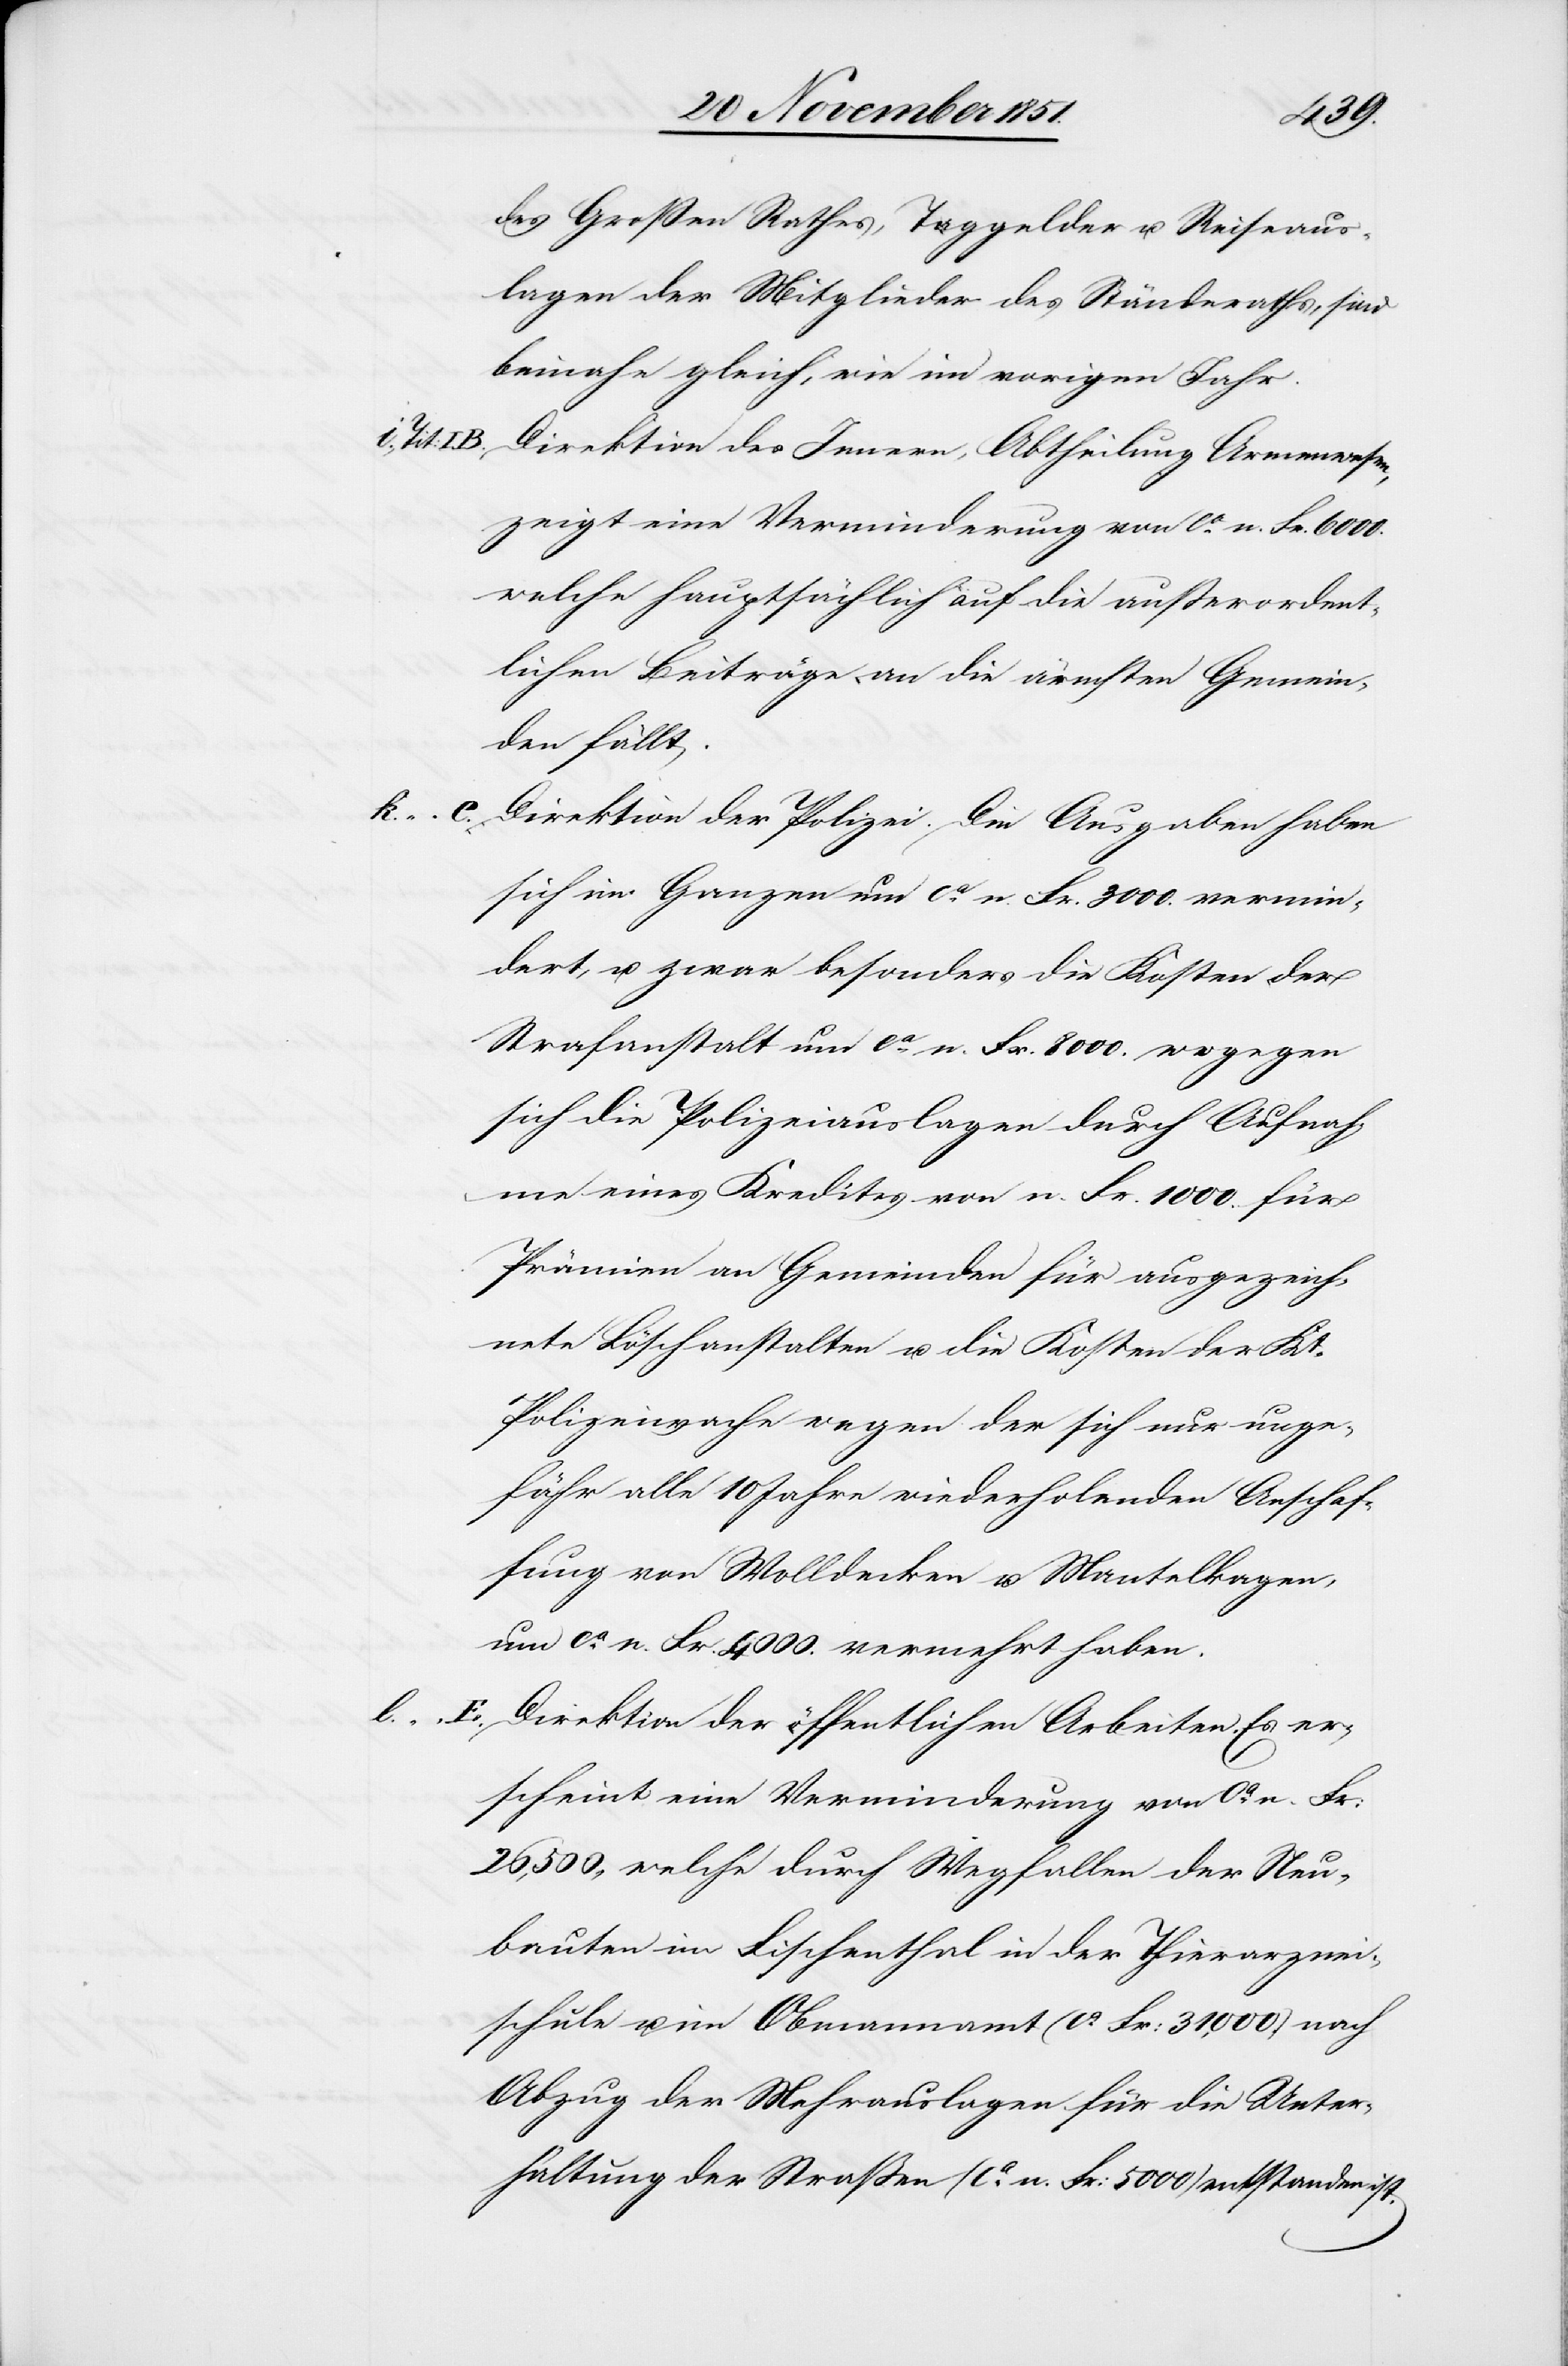
l.

E.

i., Tit:
C.

Großen Rathes, Taggelder u. Reiseaus¬
lagen der Mitglieder des Ständeraths, sind
beinahe gleich, wie im vorigen Jahr.
Direktion des Innern, Abtheilung Armenwesen,
zeigt eine Verminderung von ca. n. Fr. 6000.
welche hauptsächlich auf die außerordent¬
lichen Beiträge an die ärmsten Gemein¬
den fällt.
Direktion der Polizei. Die Ausgaben haben
sich im Ganzen um ca. n. Fr. 3000. vermin¬
dert, u. zwar besonders die Kosten der
Strafanstalt um ca. n. Fr. 8000. wogegen
sich die Polizeiauslagen durch Aufnah¬
me eines Kredites von n. Fr. 1000. für
Prämien an Gemeinden für ausgezeich¬
nete Löschanstalten u. die Kosten der Kt.
Polizeiwache wegen der sich nur unge¬
fähr alle 10 Jahre wiederholenden Anschaf¬
fung von Wolldecken u. Mantelk[r]agen,
um ca. n. Fr. 4000. vermehrt haben.
Direktion der öffentlichen Arbeiten. Es er¬
scheint eine Verminderung von ca. n. Fr:
26,500., welche durch Wegfallen der Neu¬
bauten im Fischenthal in der Thierarznei¬
schule u. im Obmannamt (ca. Fr: 31,000.) nach
Abzug der Mehrauslagen für die Unter¬
haltung der Straßen (ca. n. Fr: 5000) entstanden ist.